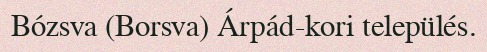
Bózsva (Borsva) Árpád-kori település.